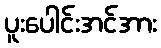
ပူးပေါင်းအင်အား